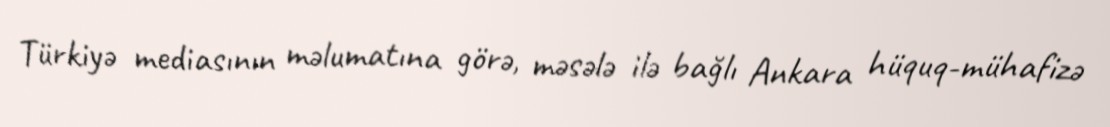
Türkiyə mediasının məlumatına görə, məsələ ilə bağlı Ankara hüquq-mühafizə